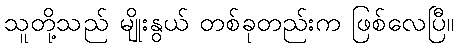
သူတို့သည် မျိုးနွယ် တစ်ခုတည်းက ဖြစ်လေပြီ။